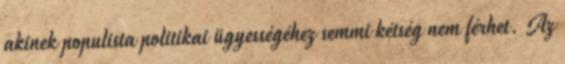
akinek populista politikai ügyességéhez semmi kétség nem férhet. Az